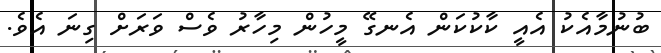
ބުނުމާއެކު އެއީ ކާކުކަން އެނގޭ މީހުން މިހާރު ވެސް ވަރަށް ގިނަ އެވެ.